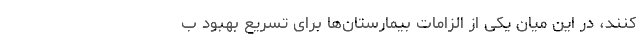
‌کنند، در این میان یکی از الزامات بیمارستان‌ها برای تسریع بهبود ب